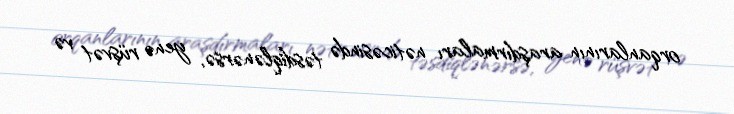
orqanlarının araşdırmaları nəticəsində təsdiqlənərsə, yenə rüşvət və